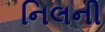
નિલની